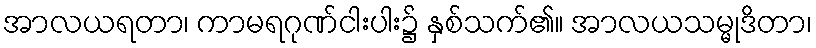
အာလယရတာ၊ ကာမရဂုဏ်ငါးပါး၌ နှစ်သက်၏။ အာလယသမ္မုဒိတာ၊